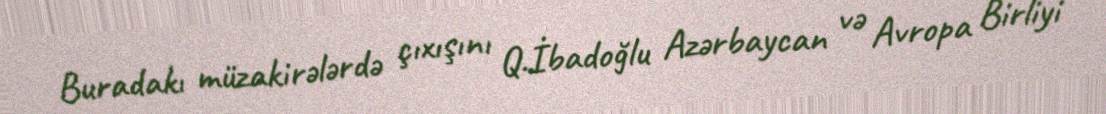
Buradakı müzakirələrdə çıxışını Q.İbadoğlu Azərbaycan və Avropa Birliyi